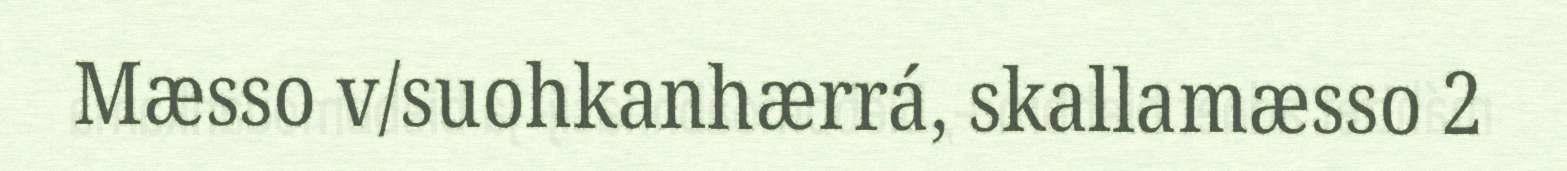
Mæsso v/suohkanhærrá, skallamæsso 2